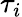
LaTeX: \tau_{i}